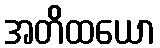
အတိထယော